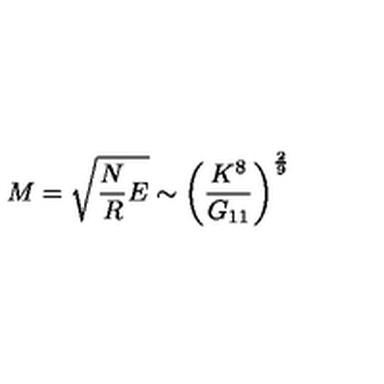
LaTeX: M = \sqrt { \frac { N } { R } E } \sim \left( \frac { K ^ { 8 } } { G _ { 1 1 } } \right) ^ { \frac { 2 } { 9 } }